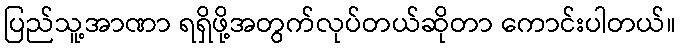
ပြည်သူ့အာဏာ ရရှိဖို့အတွက်လုပ်တယ်ဆိုတာ ကောင်းပါတယ်။